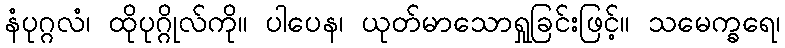
နံပုဂ္ဂလံ၊ ထိုပုဂ္ဂိုလ်ကို။ ပါပေန၊ ယုတ်မာသောရှုခြင်းဖြင့်။ သမေက္ခရေ၊